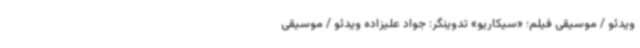
ویدئو / موسیقی فیلم؛ «سیکاریو» تدوینگر: جواد علیزاده ویدئو / موسیقی